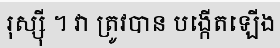
រុស្ស៊ី ។ វា ត្រូវបាន បង្កើតឡើង